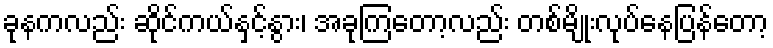
ခုနကလည်း ဆိုင်ကယ်နှင့်နွား၊ အခုကြတော့လည်း တစ်မျိုးလုပ်နေပြန်တော့